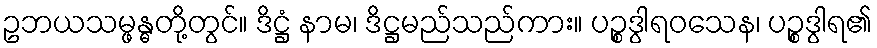
ဥဘယသမ္ဖန္ဓတို့တွင်။ ဒိဋ္ဌံ နာမ၊ ဒိဋ္ဌမည်သည်ကား။ ပဉ္စဒွါရဝသေန၊ ပဉ္စဒွါရ၏